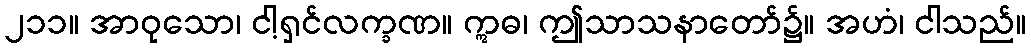
၂၁၁။ အာဝုသော၊ ငါ့ရှင်လက္ခဏ။ ဣဓ၊ ဤသာသနာတော်၌။ အဟံ၊ ငါသည်။